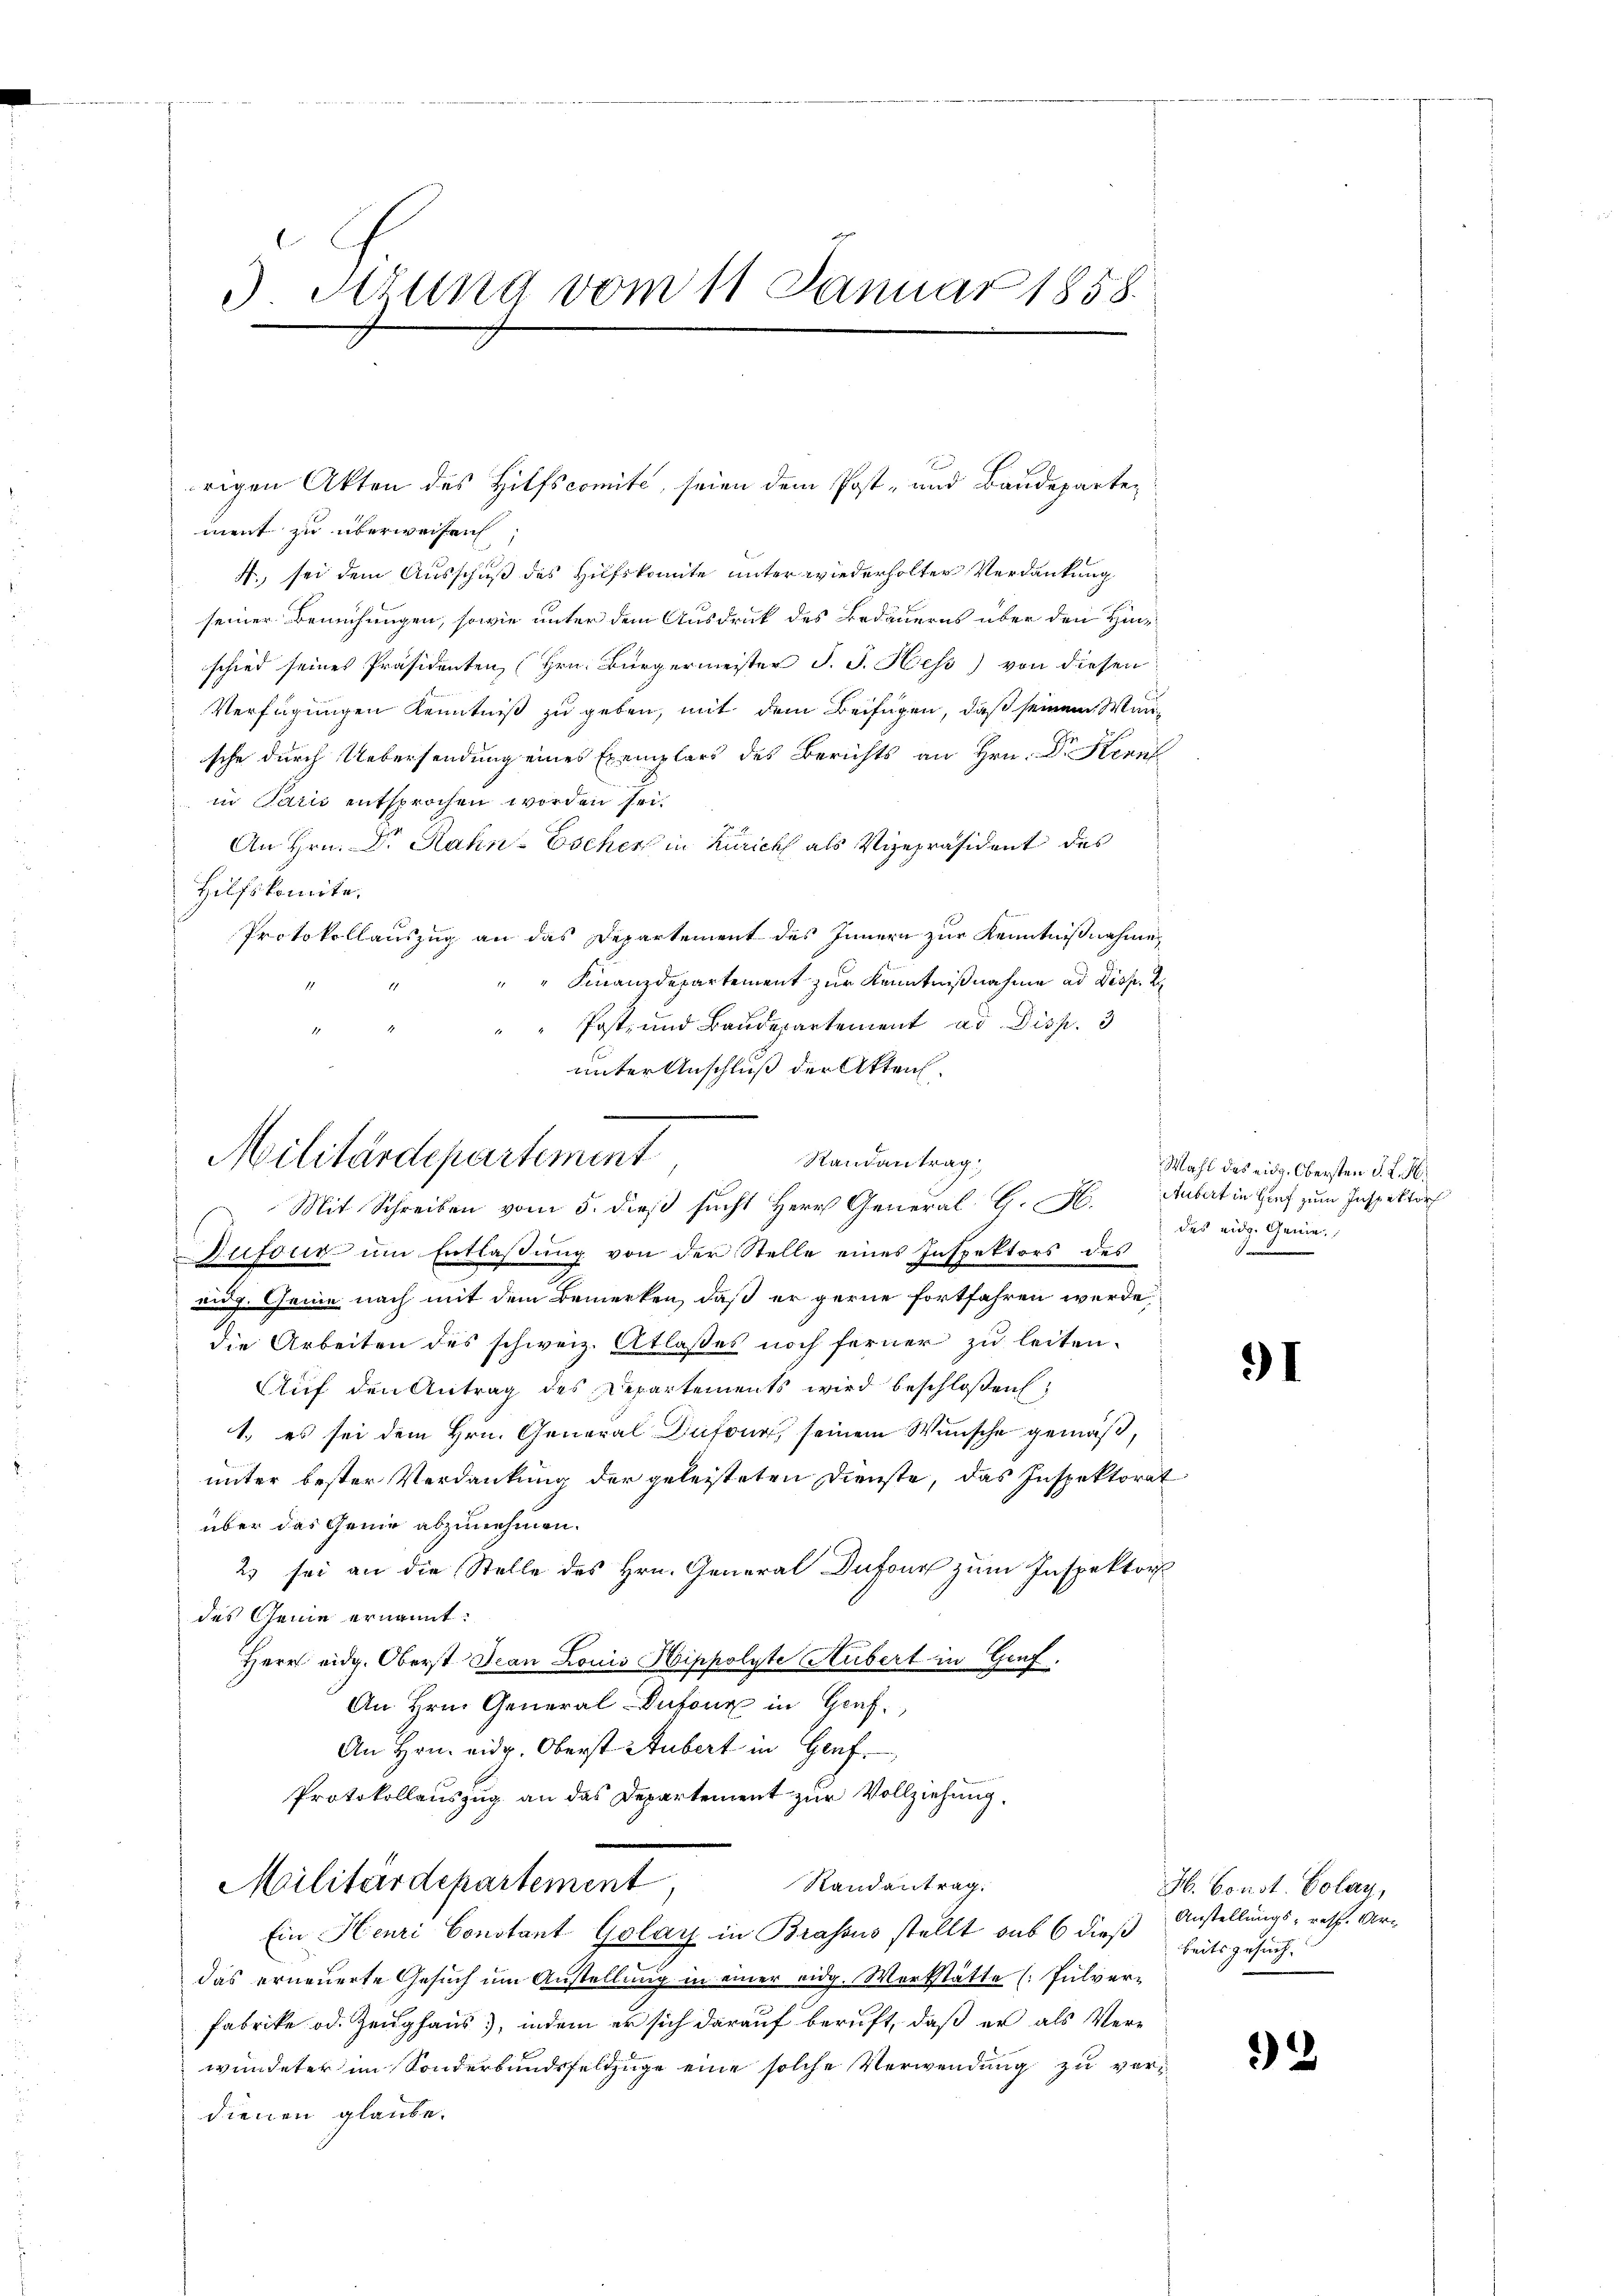
Sirung vom 11 Januar 1858.

ment zu überweisen,
4., sei dem Ausschuß des Hufskomite unter wiederholter Verdankung
seiner Bemühungen, sowie unter dem Ausdruck des Bedauerns über den Hinschied seines Präsidenten, (Hrn. Bürgermeister J. J. Hess) von diesen
Verfügungen Kenntniß zu geben, mit dem Beifügen, daß seinem Mansche durch Uebersendung eines Exemplars des Berichts an Hrn. Dr Kennt
in Paris entsprochen worden sei.
An Hrn. Dr. Rahn-Escher in Zürich als Vizepräsident des
Hilfskomite.
Protokollauszug an das Departement des Innern zur Kenntnißnahme
Finanzdepartement zur Kenntnißnahme ad Disp. 2
Post- und Baudepartement ad Disp. 3
unter Anschluß der Akten

rigen Akten des Hilfscomité, seien dem Post- und Baudeparten

Militärdepartement
Randantrag:
Mit Schreiben vom 5. dieß sucht Herr General G. H. Aubert in Graf zum Inspektor

Zufour um Entlassung von der Stelle eines Inspektors des
ug. Genie nach mit dem Bemerken, daß er gerne fortfahren werde,
die Arbeiten des schweiz. Atlasses noch ferner zu leiten.
Auf den Antrag des Departements wird beschloßen:
1. es sei dem Hrn. General Dufour, seinem Wunsche gemäß,
unter bester Verdankung der geleisteten Dienste, das Inspektorat
über das Geng abzunehmen.
2 sei an die Stelle des Hrn. General Dufour zum Inspektor
des Genie ernannt:
Herr eidg. Oberst Jean Louis Hippolyte Hubert in Genf.
An Hrn. General-Dufour in Genf.
An Hrn. eidg. Oberst Stubert in Genf,
Protokollauszug an das Departement zur Vollziehung.
Militärdepartement
Randantrag.
Ein Henri Constant Golay in Brassus stellt sub 6 dieß
das erneuerte Gesuch um Anstellung in einer eidg. Werkstätte Pulver-
Fabrike od. Zeughaus), indem er sich darauf beruft, daß er als Verwundeter im Sonderbundsfeldzüge eine solche Verwendung zu verdienen glaube.

Wahl des eidg. Obersten d. K. H.
das eidg. Genie¬

91

H. Const. Colay,
Anstellungs- resp. Art
beitsgesuch.

2